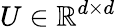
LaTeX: U\in\mathbb{R}^{d\times d}